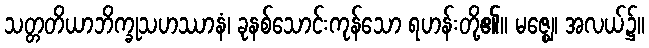
သတ္တတိယာဘိက္ခုသဟဿာနံ၊ ခုနစ်သောင်းကုန်သော ရဟန်းတို့၏။ မဇ္ဈေ၊ အလယ်၌။